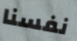
نفسنا